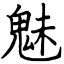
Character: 魅